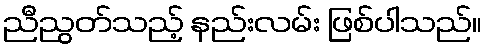
ညီညွတ်သည့် နည်းလမ်း ဖြစ်ပါသည်။